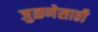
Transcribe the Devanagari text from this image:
जुळणेसाठी